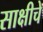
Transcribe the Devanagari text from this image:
साक्षीचे